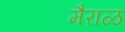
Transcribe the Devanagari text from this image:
मैराळ